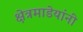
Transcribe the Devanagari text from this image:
क्षेत्रमाडेयांनी